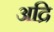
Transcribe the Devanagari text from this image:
अद्रि